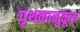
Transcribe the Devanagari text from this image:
पृथकानुकूल